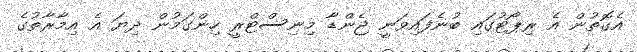
އެގޮތުން އެ ރިޕޯޓުގައި ބުނެފައިވަނީ ޖެންޑާ މިނިސްޓްރީ ހިންގަމުން ދިޔަ އެ އިމާރާތުގެ